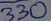
Text: 330